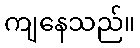
ကျနေသည်။